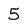
Character: 5